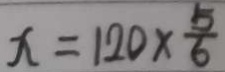
x = 1 2 0 \times \frac { 5 } { 6 }